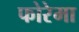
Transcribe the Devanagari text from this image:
फोरेमा